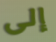
إلى